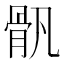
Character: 骪